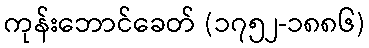
ကုန်းဘောင်ခေတ် (၁၇၅၂-၁၈၈၆)